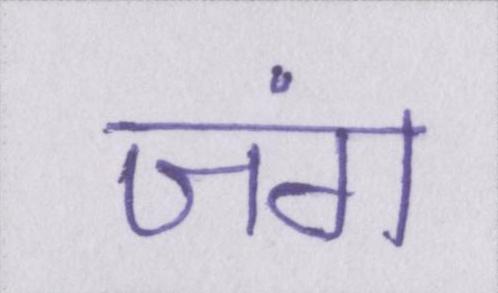
जंग